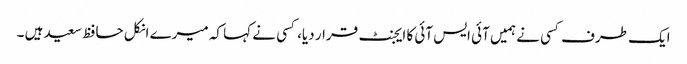
ایک طرف کسی نے ہمیں آئی ایس آئی کا ایجنٹ قرار دیا، کسی نے کہا کہ میرے انکل حافظ سعید ہیں ۔